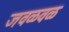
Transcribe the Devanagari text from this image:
जवळवळ